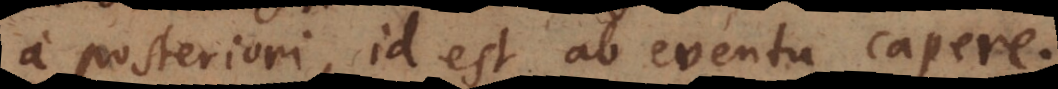
a posteriori, id est ab eventu capere.